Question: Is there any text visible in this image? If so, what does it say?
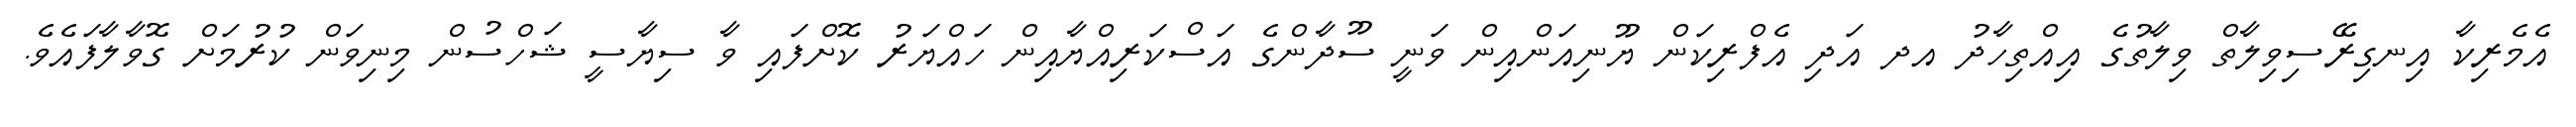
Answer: އެމެރިކާ އިނގިރޭސިވިލާތް ވިލާތުގެ އިއްތިހާދު އދ އަދި އެފްރިކަން ޔޫނިއަންއިން ވަނީ ސޫދާންގެ އަސްކަރިއްޔާއިން ހައްޔަރު ކޮށްފައި ވާ ސިޔާސީ ޝަހްސުން މިނިވަން ކުރުމަށް ގޮވާލާފައެވެ.